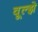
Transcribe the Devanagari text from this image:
वूल्झे